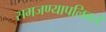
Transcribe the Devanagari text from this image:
समजण्यापलिकडे